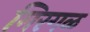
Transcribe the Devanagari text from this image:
मिरगळ